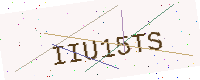
Text: IIU15TS